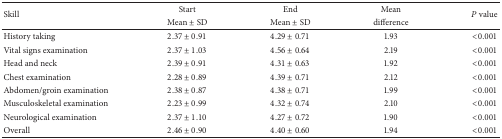
| <ROWSPAN=2> Skill | Start | End | Mean | <ROWSPAN=2> P value |
 | Mean ± SD | Mean ± SD | difference |
 | --- | --- | --- | --- | --- |
 | History taking | 2.37 ± 0.91 | 4.29 ± 0.71 | 1.93 | <0.001 |
 | Vital signs examination | 2.37 ± 1.03 | 4.56 ± 0.64 | 2.19 | <0.001 |
 | Head and neck | 2.39 ± 0.91 | 4.31 ± 0.63 | 1.92 | <0.001 |
 | Chest examination | 2.28 ± 0.89 | 4.39 ± 0.71 | 2.12 | <0.001 |
 | Abdomen/groin examination | 2.38 ± 0.87 | 4.38 ± 0.71 | 1.99 | <0.001 |
 | Musculoskeletal examination | 2.23 ± 0.99 | 4.32 ± 0.74 | 2.10 | <0.001 |
 | Neurological examination | 2.37 ± 1.10 | 4.27 ± 0.72 | 1.90 | <0.001 |
 | Overall | 2.46 ± 0.90 | 4.40 ± 0.60 | 1.94 | <0.001 |